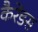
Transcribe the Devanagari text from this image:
कैरेंडस